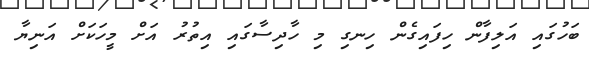
ބަހުގައި އަލިފާން ހިފައިގެން ހިނގި މި ހާދިސާގައި އިތުރު އަށް މީހަކަށް އަނިޔާ